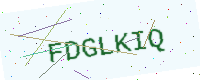
Text: FDGLKIQ